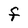
Character: f